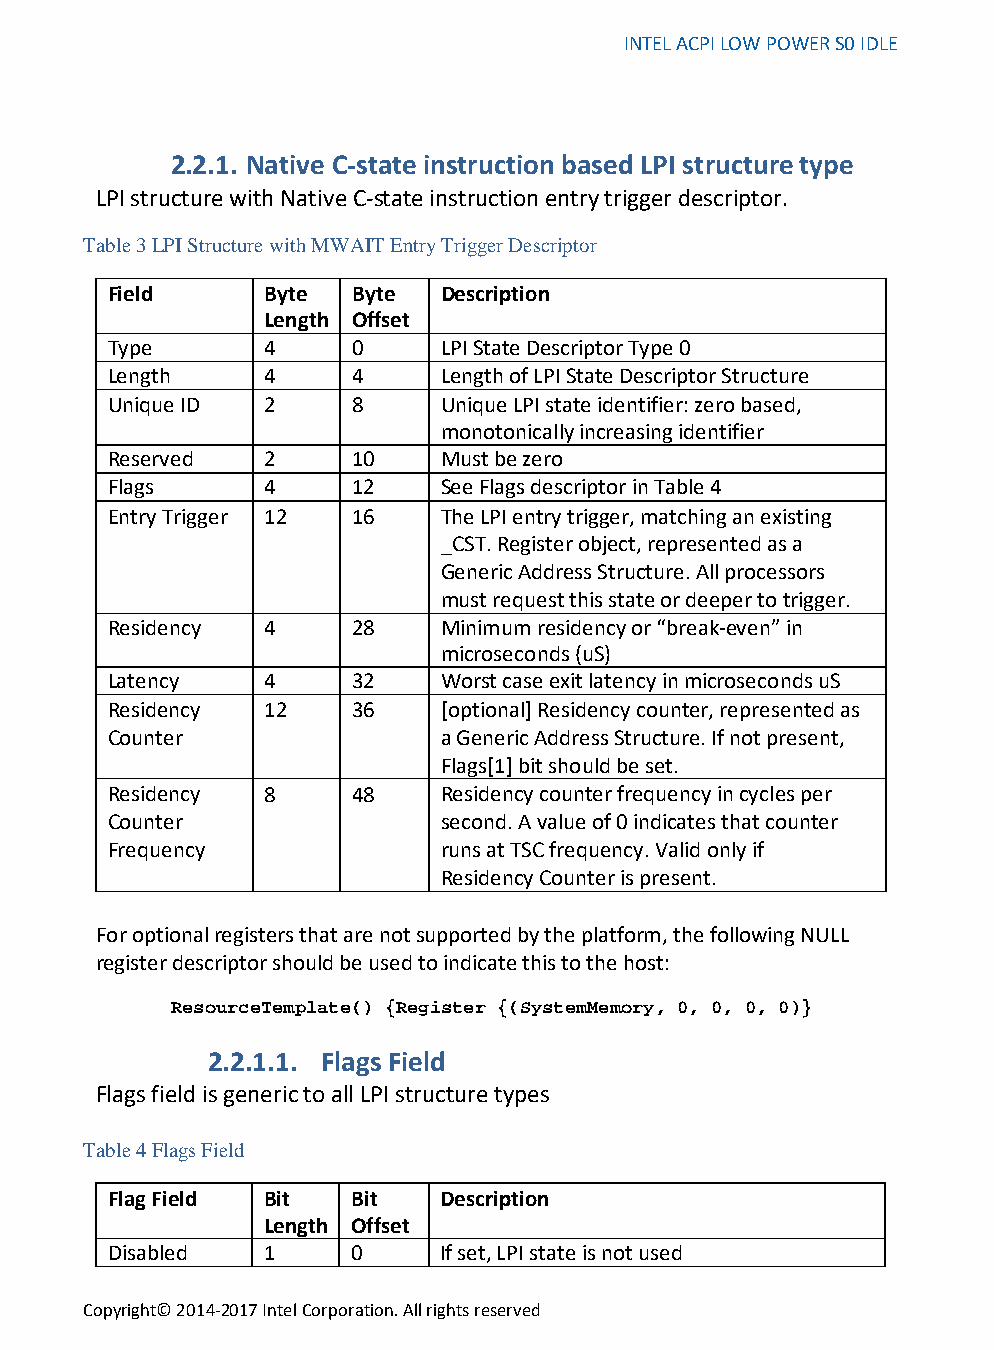
INTEL ACPI LOW POWER S0 IDLE
 2.2.1. Native C-state instruction based LPI structure type
 LPI structure with Native C-state instruction entry trigger descriptor.
 Table 3 LPI Structure with MWAIT Entry Trigger Descriptor
 Field     Byte  Byte  Description
 Length Offset
 Type      4     0     LPI State Descriptor Type 0
 Length    4     4     Length of LPI State Descriptor Structure
 Unique ID 2     8     Unique LPI state identifier: zero based,
 monotonically increasing identifier
 Reserved  2     10    Must be zero
 Flags     4     12    See Flags descriptor in Table 4
 Entry Trigger 12 16   The LPI entry trigger, matching an existing
 _CST. Register object, represented as a
 Generic Address Structure. All processors
 must request this state or deeper to trigger.
 Residency 4     28    Minimum residency or “break-even” in
 microseconds (uS)
 Latency   4     32    Worst case exit latency in microseconds uS
 Residency 12    36    [optional] Residency counter, represented as
 Counter               a Generic Address Structure. If not present,
 Flags[1] bit should be set.
 Residency 8     48    Residency counter frequency in cycles per
 Counter               second. A value of 0 indicates that counter
 Frequency             runs at TSC frequency. Valid only if
 Residency Counter is present.
 For optional registers that are not supported by the platform, the following NULL
 register descriptor should be used to indicate this to the host:
 ResourceTemplate() {Register {(SystemMemory, 0, 0, 0, 0)}
 2.2.1.1. Flags Field
 Flags field is generic to all LPI structure types
 Table 4 Flags Field
 Flag Field Bit  Bit   Description
 Length Offset
 Disabled  1     0     If set, LPI state is not used
 Copyright© 2014-2017 Intel Corporation. All rights reserved